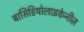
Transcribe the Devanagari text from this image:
बासिडियोलाइकेनीज़